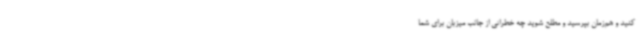
کنید و هم‌زمان بپرسید و مطلع شوید چه خطراتی از جانب میزبان برای شما